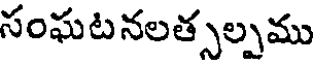
సంఘట నలత్సల్పము